Vaccination in the Punjab 1905-1918 - 1905-1918
Year: 1905
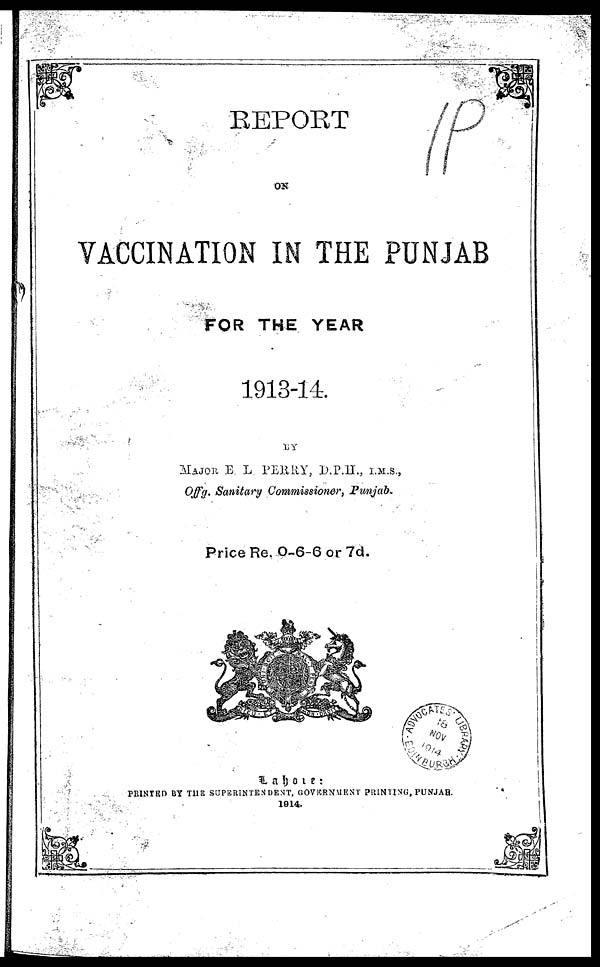
REPORT
ON
VACCINATION IN THE PUNJAB
FOR THE YEAR
1913-14.
BY
MAJOR E. L. PERRY, D.P.H., I.M.S.,
Offg. Sanitary Commissioner, Punjab.
Price Re. 0-6-6 or 7d.
Lahore:
PRINTED BY THE SUPERINTENDENT, GOVERNMENT PRINTING, PUNJAB.
1914.